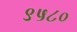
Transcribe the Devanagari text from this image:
९५८०